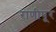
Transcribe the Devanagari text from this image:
राणीपूर